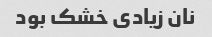
نان زیادی خشک بود